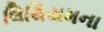
લિથિયમના